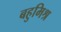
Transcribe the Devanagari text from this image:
बहुमिश्र